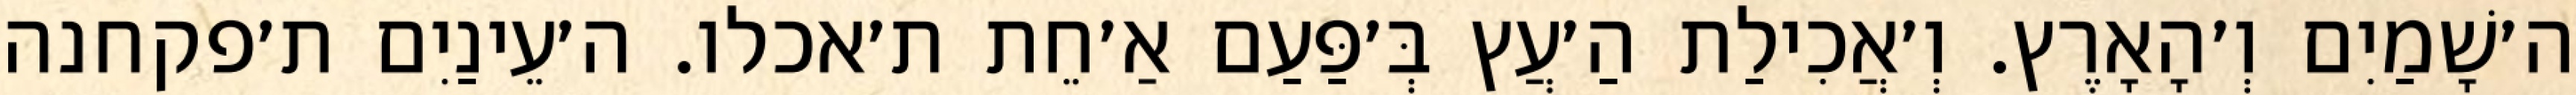
ה׳שָׁמַיִם וְ׳הָאָרֶץ. וְ׳אֲכִילַת הַ׳עֲץ בְּ׳פַּעַם אַ׳חֵת ת׳אכלו. ה׳עֵינַיִם ת׳פקחנה